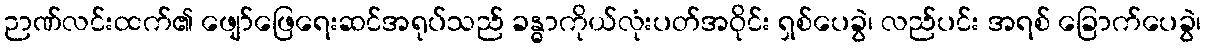
ဉာဏ်လင်းထက်၏ ဖျော်ဖြေရေးဆင်အရုပ်သည် ခန္ဓာကိုယ်လုံးပတ်အဝိုင်း ရှစ်ပေခွဲ၊ လည်ပင်း အရစ် ခြောက်ပေခွဲ၊